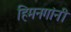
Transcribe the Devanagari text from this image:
हिमनगांनी